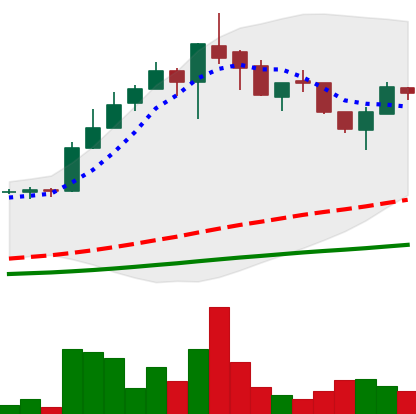
Ticker: LTC-USD
Chart end date: 2017-05-19
Forward return: 24.392%
Label: up_7plus